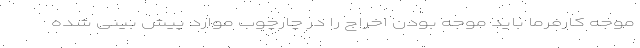
موجه کارفرما باید موجه بودن اخراج را در چارچوب موارد پیش بینی شده